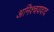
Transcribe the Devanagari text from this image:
अनिश्चयवाद